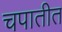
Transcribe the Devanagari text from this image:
चपातीत